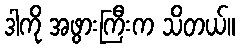
ဒါကို အဖွားကြီးက သိတယ်။